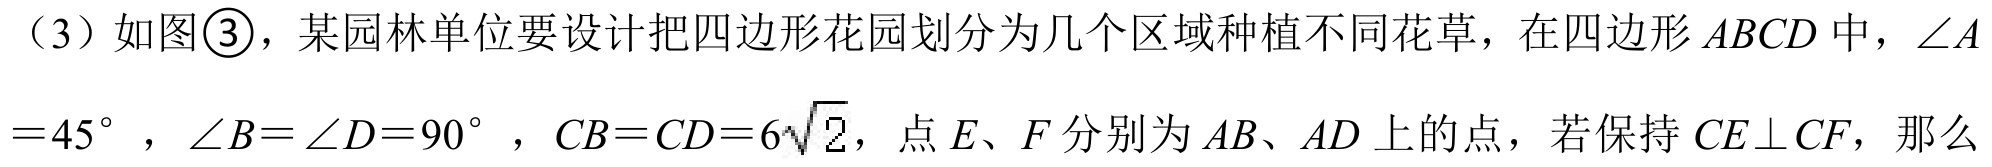
（3）如图\textcircled{3}，某园林单位要设计把四边形花园划分为几个区域种植不同花草，在四边形\(ABCD\)中，\(\angle A = 45^{\circ}\)，\(\angle B=\angle D = 90^{\circ}\)，\(CB = CD = 6\sqrt{2}\)，点\(E\)、\(F\)分别为\(AB\)、\(AD\)上的点，若保持\(CE\perp CF\)，那么